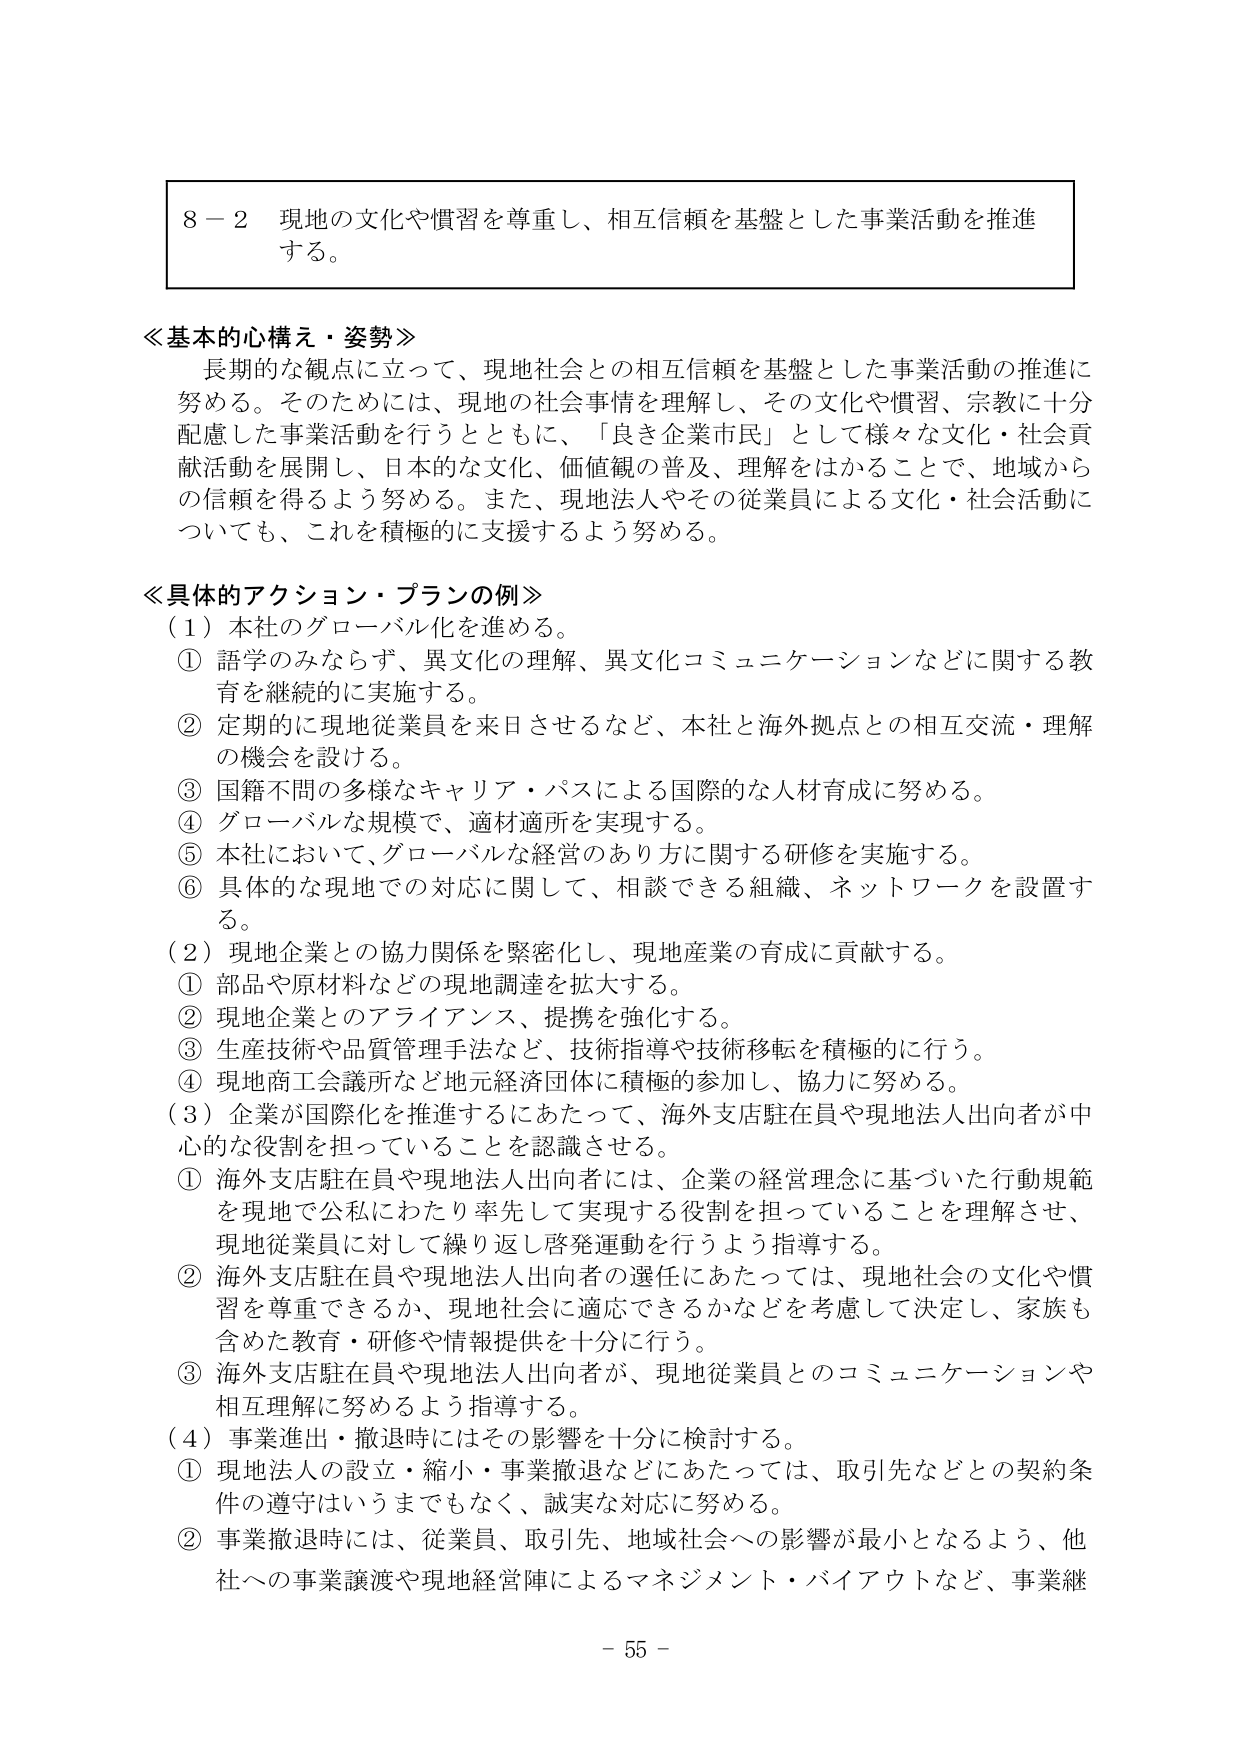
8－2 現地の文化や慣習を尊重し、相互信頼を基盤とした事業活動を推進する。

≪基本的心構え・姿勢≫
長期的な観点に立って、現地社会との相互信頼を基盤とした事業活動の推進に努める。そのためには、現地の社会事情を理解し、その文化や慣習、宗教に十分配慮した事業活動を行うとともに、「良き企業市民」として様々な文化・社会貢献活動を展開し、日本的な文化、価値観の普及、理解をはかることで、地域からの信頼を得るよう努める。また、現地法人やその従業員による文化・社会活動についても、これを積極的に支援するよう努める。

≪具体的アクション・プランの例≫
（1）本社のグローバル化を進める。
① 語学のみならず、異文化の理解、異文化コミュニケーションなどに関する教育を継続的に実施する。
② 定期的に現地従業員を来日させるなど、本社と海外拠点との相互交流・理解の機会を設ける。
③ 国籍不問の多様なキャリア・パスによる国際的な人材育成に努める。
④ グローバルな規模で、適材適所を実現する。
⑤ 本社において、グローバルな経営のあり方に関する研修を実施する。
⑥ 具体的な現地での対応に関して、相談できる組織、ネットワークを設置する。

（2）現地企業との協力関係を緊密化し、現地産業の育成に貢献する。
① 部品や原材料などの現地調達を拡大する。
② 現地企業とのアライアンス、提携を強化する。
③ 生産技術や品質管理手法など、技術指導や技術移転を積極的に行う。
④ 現地商工会議所など地元経済団体に積極的参加し、協力に努める。

（3）企業が国際化を推進するにあたって、海外支店駐在員や現地法人出向者が中心的な役割を担っていることを認識させる。
① 海外支店駐在員や現地法人出向者には、企業の経営理念に基づいた行動規範を現地で公私にわたり率先して実現する役割を担っていることを理解させ、現地従業員に対して繰り返し啓発運動を行うよう指導する。
② 海外支店駐在員や現地法人出向者の選任にあたっては、現地社会の文化や慣習を尊重できるか、現地社会に適応できるかなどを考慮して決定し、家族も含めた教育・研修や情報提供を十分に行う。
③ 海外支店駐在員や現地法人出向者が、現地従業員とのコミュニケーションや相互理解に努めるよう指導する。

（4）事業進出・撤退時にはその影響を十分に検討する。
① 現地法人の設立・縮小・事業撤退などにあたっては、取引先などとの契約条件の遵守はいうまでもなく、誠実な対応に努める。
② 事業撤退時には、従業員、取引先、地域社会への影響が最小となるよう、他社への事業譲渡や現地経営陣によるマネジメント・バイアウトなど、事業継

－ 55 －